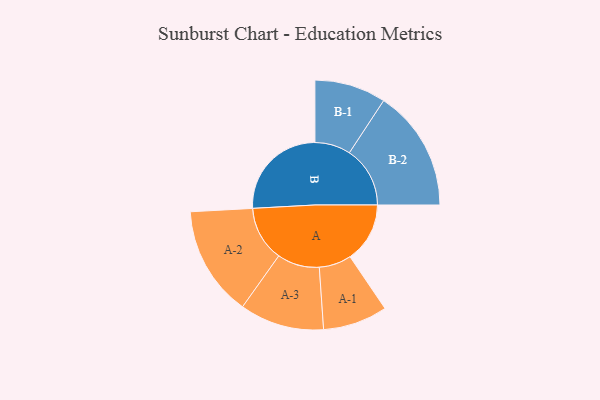
{"axis": {"x": "Segment", "y": "Value"}, "legend": ["", "A", "B"], "data": [{"x": "A", "y": 278, "type": ""}, {"x": "B", "y": 463, "type": ""}, {"x": "A-1", "y": 150, "type": "A"}, {"x": "A-2", "y": 256, "type": "A"}, {"x": "A-3", "y": 196, "type": "A"}, {"x": "B-1", "y": 166, "type": "B"}, {"x": "B-2", "y": 282, "type": "B"}]}